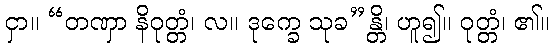
ငှာ။ “တဏှာ နိဝုတ္တံ၊ လ။ ဒုက္ခေ သုခ”န္တိ၊ ဟူ၍။ ဝုတ္တံ၊ ၏။